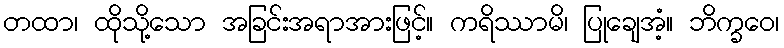
တထာ၊ ထိုသို့သော အခြင်းအရာအားဖြင့်။ ကရိဿာမိ၊ ပြုချေအံ့။ ဘိက္ခဝေ၊